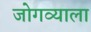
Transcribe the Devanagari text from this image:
जोगव्याला